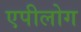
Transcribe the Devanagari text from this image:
एपीलोग